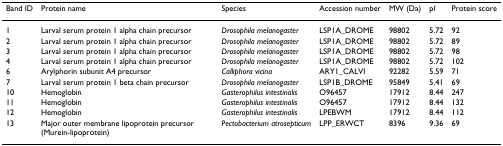
| Band ID | Protein name | Species | Accession number | MW (Da) | pI | Protein score |
 | --- | --- | --- | --- | --- | --- | --- |
 | 1 | Larval serum protein 1 alpha chain precursor | Drosophila melanogaster | LSP1A_DROME | 98802 | 5.72 | 92 |
 | 2 | Larval serum protein 1 alpha chain precursor | Drosophila melanogaster | LSP1A_DROME | 98802 | 5.72 | 89 |
 | 3 | Larval serum protein 1 alpha chain precursor | Drosophila melanogaster | LSP1A_DROME | 98802 | 5.72 | 98 |
 | 4 | Larval serum protein 1 alpha chain precursor | Drosophila melanogaster | LSP1A_DROME | 98802 | 5.72 | 102 |
 | 6 | Arylphorin subunit A4 precursor | Calliphora vicina | ARY1_CALVI | 92282 | 5.59 | 71 |
 | 7 | Larval serum protein 1 beta chain precursor | Drosophila melanogaster | LSP1B_DROME | 95849 | 5.41 | 69 |
 | 10 | Hemoglobin | Gasterophilus intestinalis | O96457 | 17912 | 8.44 | 247 |
 | 11 | Hemoglobin | Gasterophilus intestinalis | O96457 | 17912 | 8.44 | 132 |
 | 12 | Hemoglobin | Gasterophilus intestinalis | LPEBWM | 17912 | 8.44 | 112 |
 | 13 | Major outer membrane lipoprotein precursor (Murein-lipoprotein) | Pectobacterium atrosepticum | LPP_ERWCT | 8396 | 9.36 | 69 |